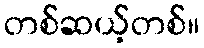
တစ်ဆယ့်တစ်။